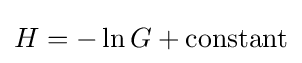
H=-\ln G+{\text{constant}}